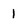
Character: 1